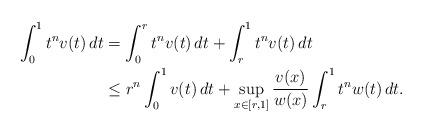
LaTeX: \begin{align*} \int_0^1 t^n v(t) \, dt &= \int_0^r t^n v(t) \, dt + \int_r^1 t^n v(t) \, dt \\ &\le r^n \int_0^1 v(t) \, dt + \sup_{x \in [r,1]} \frac{v(x)}{w(x)} \int_r^1 t^n w(t) \, dt. \end{align*}